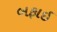
બફાઇ